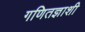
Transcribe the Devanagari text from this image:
गणितज्ञाशी